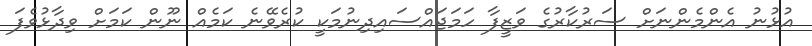
އުޅުނު އެންމެންނަށް ސަރުކާރުގެ ވަޒީފާ ހަމަޖައްސައިދިނުމަކީ ކުރެވޭނެ ކަމެއް ނޫން ކަމަށް ވިދާޅުވެފަ